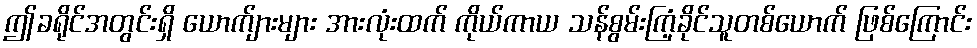
ဤခရိုင်အတွင်းရှိ ယောက်ျားများ အားလုံးထက် ကိုယ်ကာယ သန်စွမ်းကြံ့ခိုင်သူတစ်ယောက် ဖြစ်ကြောင်း